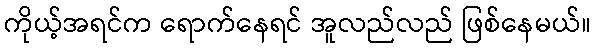
ကိုယ့်အရင်က ရောက်နေရင် အူလည်လည် ဖြစ်နေမယ်။